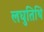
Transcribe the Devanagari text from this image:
लघुतिथि